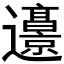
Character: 𰻜